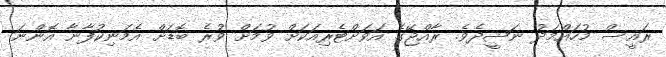
ރައީސް މުހައްމަދު ނަޝީދެވެ. ރާއްޖޭގެ އަވަށްޓެރިއަކަށް ވުމަށް ވުރެ ބޮޑަށް އެމަނިކުފާނާ އޮންނަ